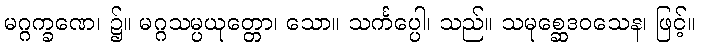
မဂ္ဂက္ခဏေ၊ ၌။ မဂ္ဂသမ္ပယုတ္တော၊ သော။ သင်္ကပ္ပေါ၊ သည်။ သမုစ္ဆေဒဝသေန၊ ဖြင့်။